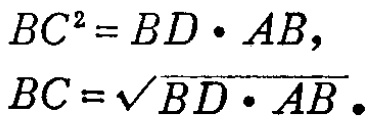
\[
\begin{align*}
BC^{2}&=BD\cdot AB,\\
BC&=\sqrt{BD\cdot AB}.
\end{align*}
\]